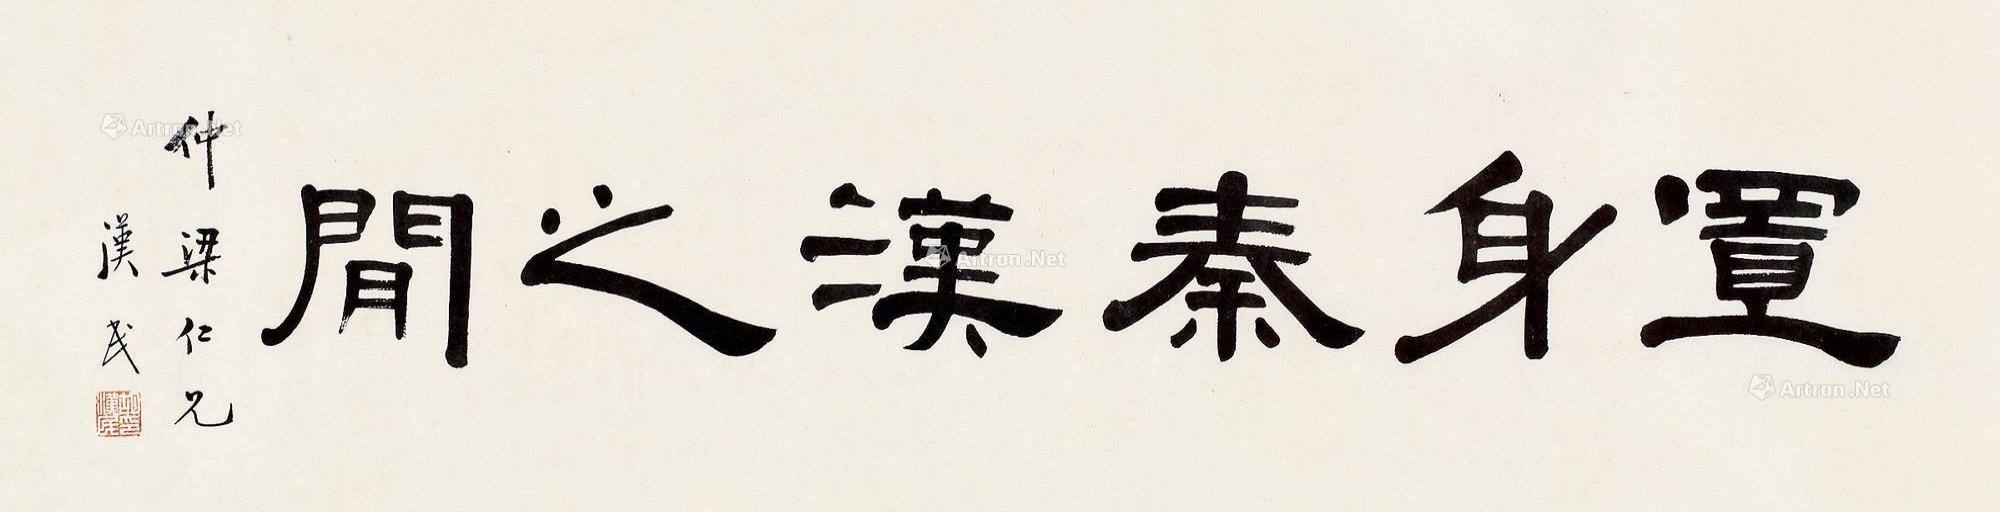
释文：置身秦汉之间。仲梁仁兄，汉民。